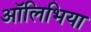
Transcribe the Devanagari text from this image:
ऑलिभिया